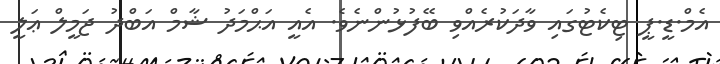
އެމް.ޑީ.ޕީ ޓިކެޓުގައި ވާދަކުރެއްވި ބޭފުޅުންނެވެ. އެއީ އަޙްމަދު ޝާމް އަބްދު ޖަމީލް ޢަލީ